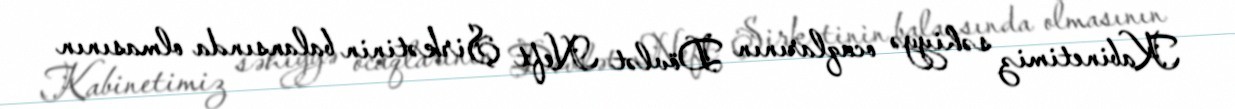
Kabinetimiz səhiyyə ocaqlarının Dövlət Neft Şirkətinin balansında olmasının